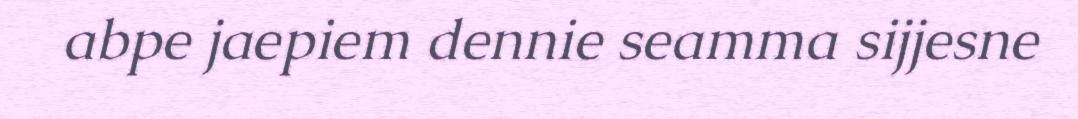
abpe jaepiem dennie seamma sijjesne